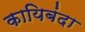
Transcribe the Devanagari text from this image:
कायिबंदा